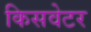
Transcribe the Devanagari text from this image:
किसवेटर